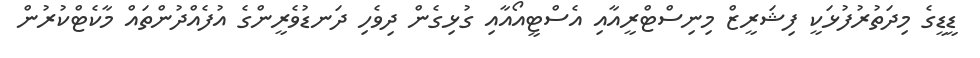
ޑީޑީގެ މިދަތުރުފުޅަކީ ފިޝަރީޒް މިނިސްޓްރީއާއި އެސްޓީއޯއާއި ގުޅިގެން ދިވެހި ދަނޑުވެރީންގެ އުފެއްދުންތައް މާކެޓްކުރުން